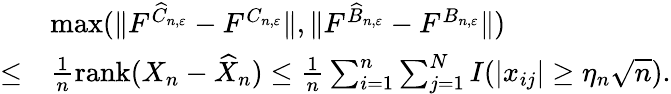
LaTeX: \begin{array}{rl}&{\operatorname*{max}(\| F^{\widehat C_{n,\varepsilon}}-F^{C_{n,\varepsilon}}\| ,\| F^{\widehat B_{n,\varepsilon}}-F^{B_{n,\varepsilon}}\| )}\\ {\le}&{\frac 1n{\mathrm{rank}}(X_{n}-\widehat X_{n})\le\frac 1n\sum_{i=1}^{n}\sum_{j=1}^{N}I(\vert x_{ij}\vert\ge\eta_{n}\sqrt{n}).}\end{array}